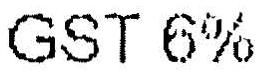
GST 6%